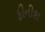
ફીનીશ